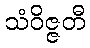
သံဝိဇ္ဇတီ